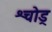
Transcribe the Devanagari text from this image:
श्चोड्र